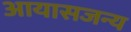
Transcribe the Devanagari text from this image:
आयासजन्य